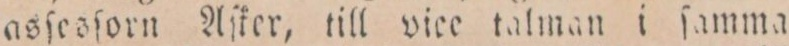
asſesſorn Aſker, till vice talman i ſamma